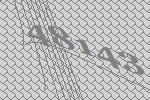
48143